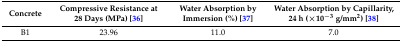
| Concrete | Compressive Resistance at 28 Days (MPa) [36] | Water Absorption by Immersion (%) [37] | Water Absorption by Capillarity, 24 h (×10−3 g/mm2) [38] |
 | --- | --- | --- | --- |
 | B1 | 23.96 | 11.0 | 7.0 |